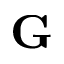
\mathbf { G }